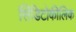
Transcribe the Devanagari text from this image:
सिंडिटोकीलिक